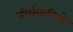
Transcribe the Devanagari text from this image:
तीर्थयात्रियो